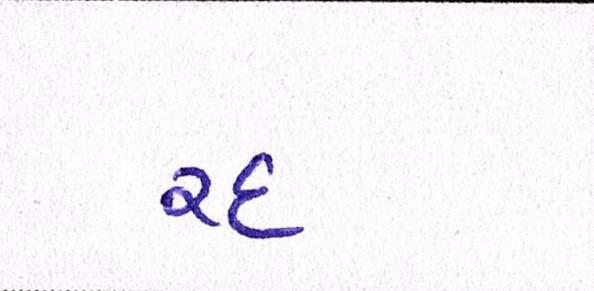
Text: રદ